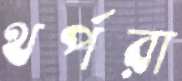
থর্পরা